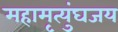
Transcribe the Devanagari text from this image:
महामृत्युंघजय